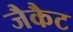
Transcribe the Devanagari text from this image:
जैकैट